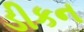
ડીકન